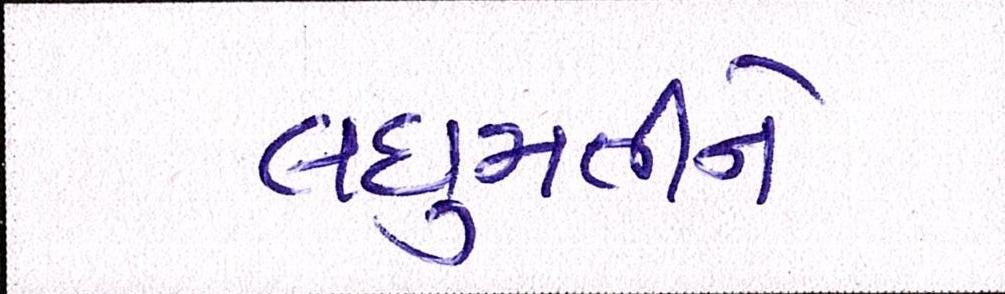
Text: લઘુમતીને